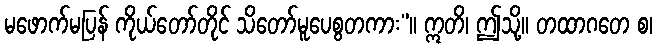
မဖောက်မပြန် ကိုယ်တော်တိုင် သိတော်မူပေစွတကား”။ ဣတိ၊ ဤသို့။ တထာဂတေ စ၊